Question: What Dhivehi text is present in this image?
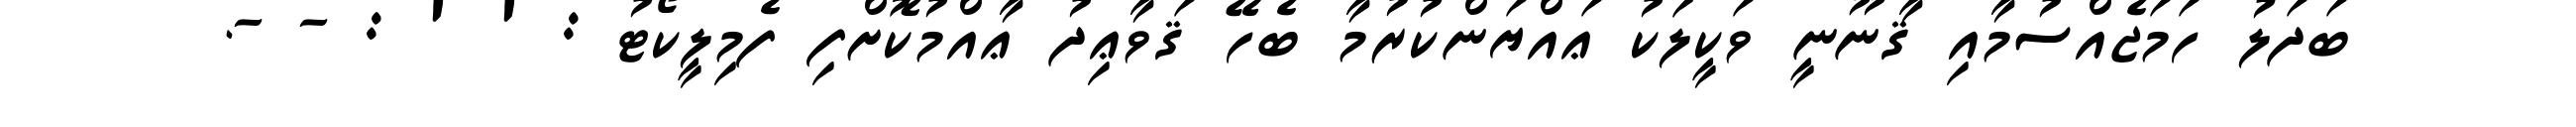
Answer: ބަދަލު ހަމަޖެއްސުމާއި ޤާނޫނީ ވަކީލަކު ޢައްޔަންކުރުމާ ބެހޭ ޤަވާޢިދު ޢާއްމުކޮށްފި ފެމިލީކޯޓު : ' ' : - -.